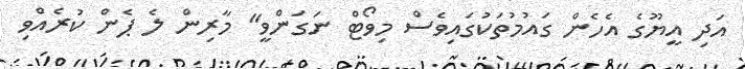
އަދި އީޔޫގެ އެހެން ގައުމުތަކުގައިވެސް މިވޯޓް ނަގަންވީ" މާރިން ލެ ޕެން ކުރެއްވި